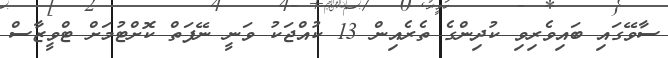
ސާވޭގައި ބައިވެރިވި ކުދިންގެ ތެރެއިން 13 ކުއްޖަކު ވަނީ ނޭފަތް ކޮށްޓުމަށް ޓްވީޒާސް